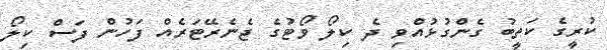
ކުރީގެ ކަތީބު ގެންގުޅުއްވި ދެ ކިލޯ ވޯޓުގެ ޖެނެރޭޓަރެއް ފަހުން ފަސް ކިލޯ